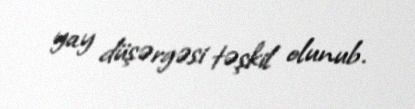
yay düşərgəsi təşkil olunub.